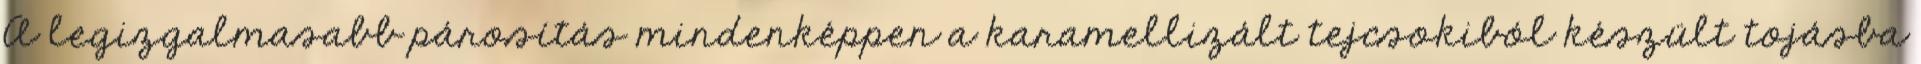
A legizgalmasabb párosítás mindenképpen a karamellizált tejcsokiból készült tojásba